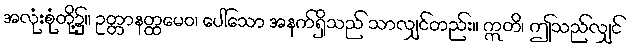
အလုံးစုံတို့၌။ ဥတ္တာနတ္ထမေဝ၊ ပေါ်သော အနက်ရှိသည် သာလျှင်တည်း။ ဣတိ၊ ဤသည်လျှင်